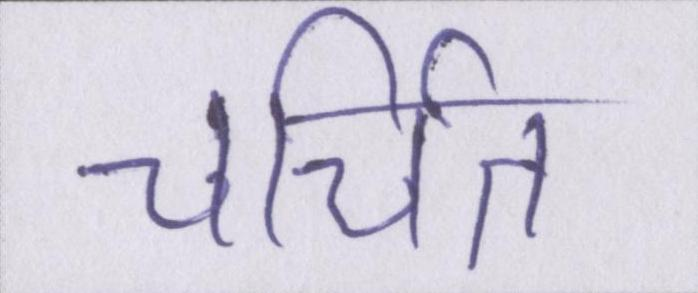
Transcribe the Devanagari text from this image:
चर्चित